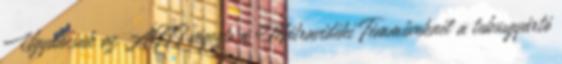
Ugyancsak az ÁGTI végezte a Mátravidéki Fémműveknél a tubusgyártó